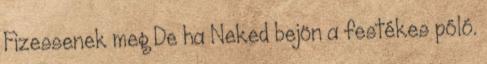
Fizessenek meg De ha Neked bejön a festékes póló.